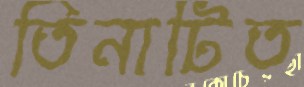
তিনাটিত